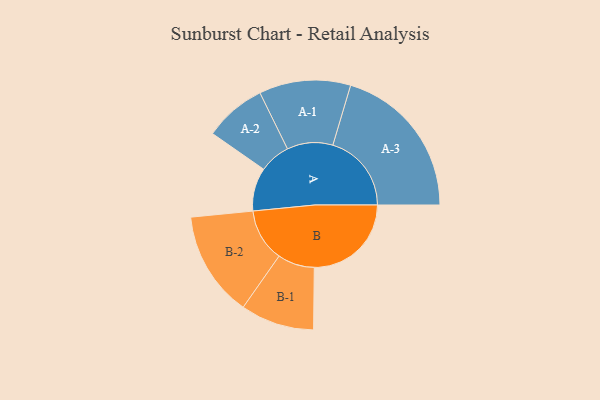
{"axis": {"x": "Segment", "y": "Value"}, "legend": ["", "A", "B"], "data": [{"x": "A", "y": 141, "type": ""}, {"x": "B", "y": 316, "type": ""}, {"x": "A-1", "y": 149, "type": "A"}, {"x": "A-2", "y": 101, "type": "A"}, {"x": "A-3", "y": 256, "type": "A"}, {"x": "B-1", "y": 120, "type": "B"}, {"x": "B-2", "y": 172, "type": "B"}]}